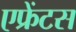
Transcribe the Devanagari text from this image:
एफ्रेंटस